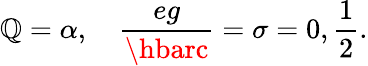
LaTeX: \mathbb{Q}={\alpha},\quad\frac{{eg}}{{\hbarc}}=\sigma=0,\frac{{1}}{{2}}.